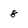
Character: 8